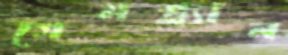
গেমপ্ল্যান